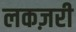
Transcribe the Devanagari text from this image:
लकज़री